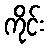
ကိုင်း